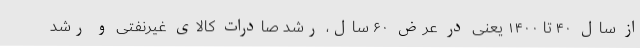
از سال ۴۰ تا ۱۴۰۰ یعنی در عرض ۶۰ سال، رشد صادرات کالای غیرنفتی و رشد